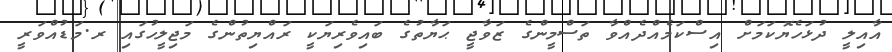
އާއިލީ ދުޅަހެޔޮކަމަށް އިސްކަމެއްދެއްވާ ތަސްމީންގެ ޒަވާޖީ ޙަޔާތުގެ ބައިވެރިޔަކީ ރައްޔިތުންގެ މަޖިލީހުގައި ރ.މަޑުއްވަރީ